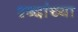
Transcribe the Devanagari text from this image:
श्ब्दांच्या